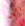
تأبى